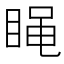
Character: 𰥭